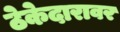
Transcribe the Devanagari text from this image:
ठेकेदारावर